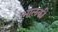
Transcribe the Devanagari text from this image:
भालकी